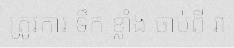
ត្រូវការ ទឹក ខ្លាំង ចាប់ពី វា